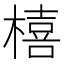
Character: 橲